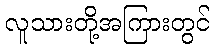
လူသားတို့အကြားတွင်